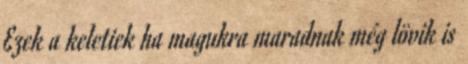
Ezek a keletiek ha magukra maradnak még lövik is